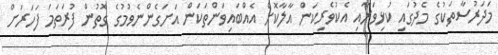
މަދަރުސާތަކުގެ މެދުގައި ކުޅިވަރާއި އެކުވެރިކަން އާލާކޮށް އެއްބައިވަންތަކަން އަށަގެންނެވުމުގެ ގޮތުން ފުރަތަމަ ފަހަރަށް